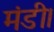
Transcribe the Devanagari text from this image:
मंडी।